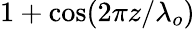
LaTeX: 1+\cos(2\pi z/\lambda_{o})